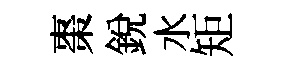
棗銳水矩